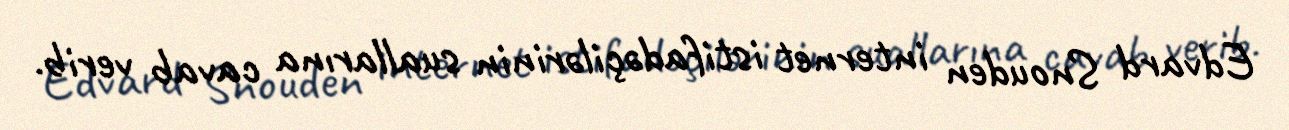
Edvard Snouden internet istifadəçilərinin suallarına cavab verib.